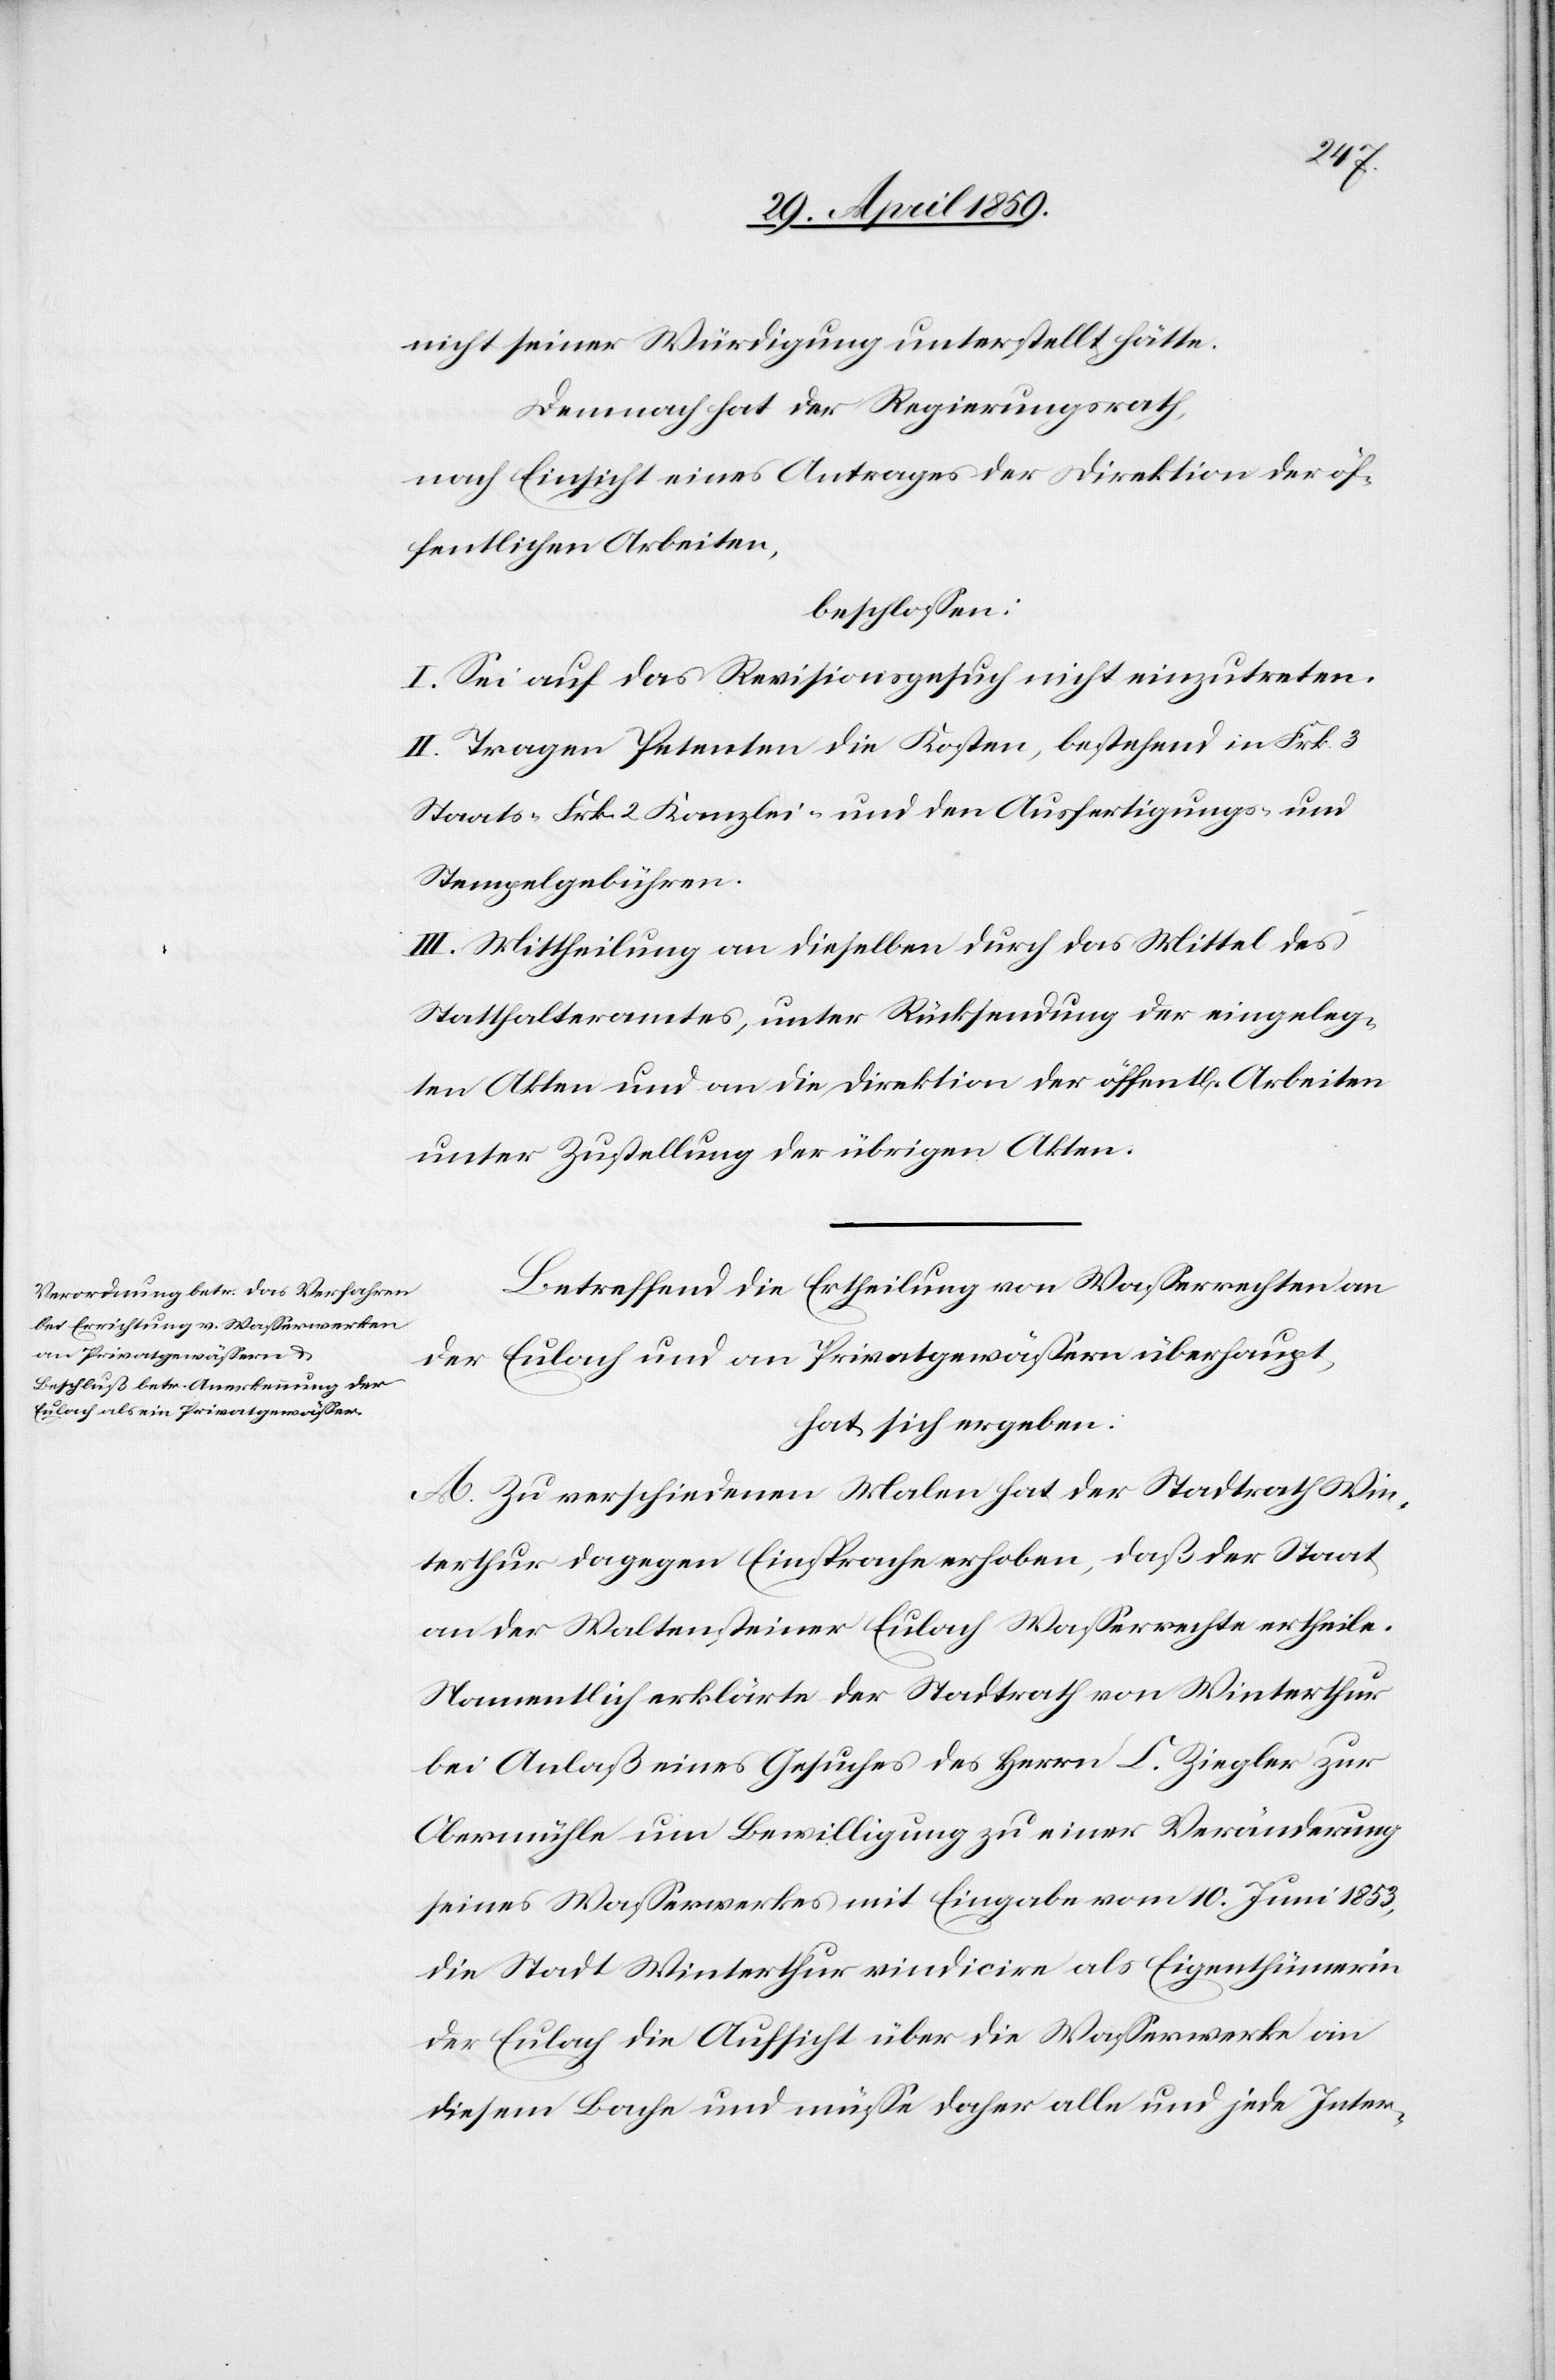
nicht seiner Würdigung unterstellt hätte.
Demnach hat der Regierungsrath,
nach Einsicht eines Antrages der Direktion der öf¬
fentlichen Arbeiten,
beschloßen:
I. Sei auf das Revisionsgesuch nicht einzutreten.
II. Tragen Petenten die Kosten, bestehend in Frk. 3
Staats-[,] Frk. 2 Kanzlei- und den Ausfertigungs- und
Stempelgebühren.
III. Mittheilung an dieselben durch das Mittel des
Statthalteramtes, unter Rücksendung der eingeleg¬
ten Akten und an die Direktion der öffentl. Arbeiten
unter Zustellung der übrigen Akten.
Betreffend die Ertheilung von Waßerrechten an
der Eulach und an Privatgewäßern überhaupt,
hat sich ergeben:
A. Zu verschiedenen Malen hat der Stadtrath Win¬
terthur dagegen Einsprache erhoben, daß der Staat
an der Waltensteiner Eulach Waßerrechte ertheile.
Namentlich erklärte der Stadtrath von Winterthur
bei Anlaß eines Gesuches des Herrn C. Ziegler zur
Obermühle um Bewilligung zu einer Veränderung
seines Waßerwerkes mit Eingabe vom 10. Juni 1853,
die Stadt Winterthur vindicire als Eigenthümerin
der Eulach die Aufsicht über die Waßerwerke an
diesem Bache und müße daher alle und jede Inter-